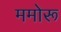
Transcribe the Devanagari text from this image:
ममोरू